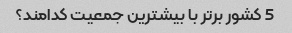
5 کشور برتر با بیشترین جمعیت کدامند؟